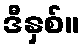
ဒီနှစ်။